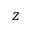
z